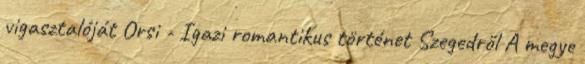
vigasztalóját Orsi - Igazi romantikus történet Szegedről A megye